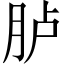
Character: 胪